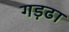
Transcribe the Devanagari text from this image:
गड़ढा